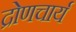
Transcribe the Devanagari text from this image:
द्रोणचार्य